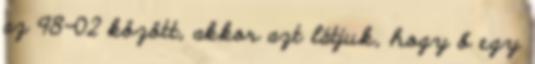
az 98-02 között, akkor azt látjuk, hogy ő egy